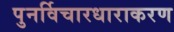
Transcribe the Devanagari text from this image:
पुनर्विचारधाराकरण